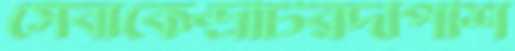
সেবাকেন্দ্রটিরদীপশি